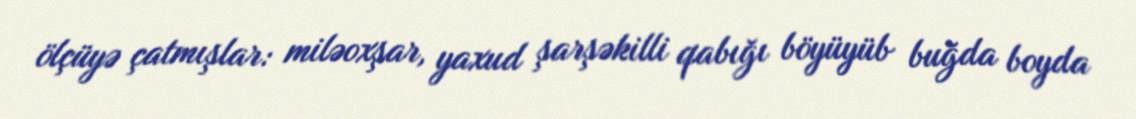
ölçüyə çatmışlar: miləoxşar, yaxud şarşəkilli qabığı böyüyüb buğda boyda